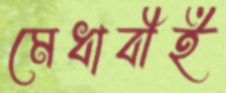
মেধাবীই